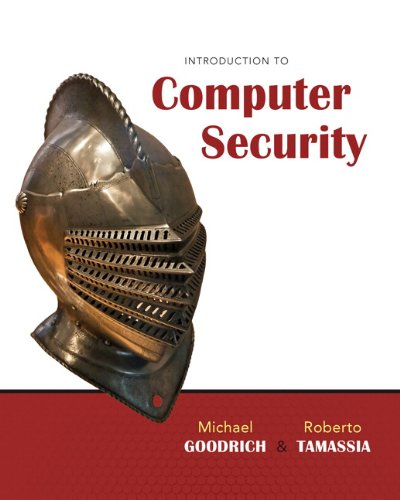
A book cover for Introduction to Computer Security; Michael Goodrich; Computers & Technology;